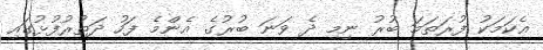
އެކަމަކު ފުރަތަމަ ބުރު ނިމި ދެ ވަނަ ބުރުގެ އެންމެ ފަހު ދަތުރުފުޅުގައި